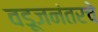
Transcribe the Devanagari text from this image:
वडूजनंतरचे